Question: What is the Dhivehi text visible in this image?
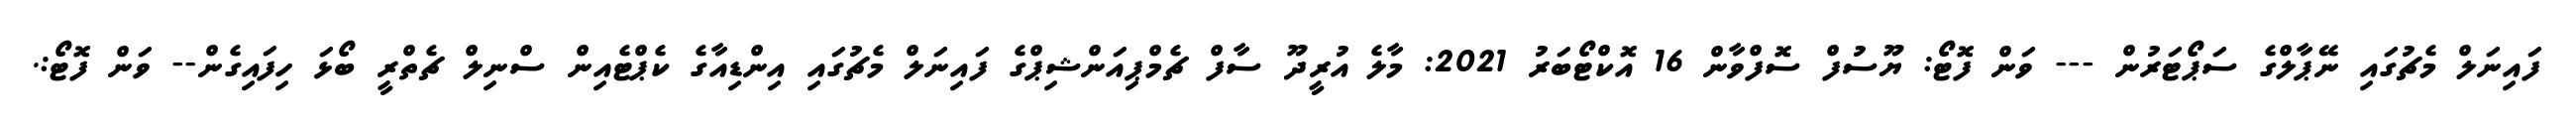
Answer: ފައިނަލް މެޗުގައި ނޭޕާލްގެ ސަޕޯޓަރުން --- ވަން ފޮޓޯ: ޔޫސުފް ސޮފްވާން 16 އޮކްޓޯބަރު 2021: މާލެ އުރީދޫ ސާފް ޗެމްޕިއަންޝިޕްގެ ފައިނަލް މެޗުގައި އިންޑިއާގެ ކެޕްޓެއިން ސްނިލް ޗެތްރީ ބޯޅަ ހިފައިގެން-- ވަން ފޮޓޯ:.